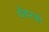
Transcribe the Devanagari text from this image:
थैचरको